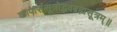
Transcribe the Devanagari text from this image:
कापार्ससूत्रोद्भवब्रह्मसूत्रम्॥